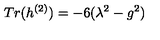
T r ( h ^ { ( 2 ) } ) = - 6 ( \lambda ^ { 2 } - g ^ { 2 } )